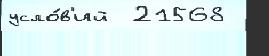
усло́в'ий  21568